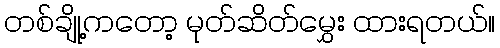
တစ်ချို့ကတော့ မုတ်ဆိတ်မွှေး ထားရတယ်။